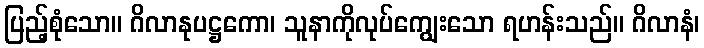
ပြည့်စုံသော။ ဂိလာနုပဋ္ဌကော၊ သူနာကိုလုပ်ကျွေးသော ရဟန်းသည်။ ဂိလာနံ၊